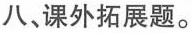
八、课外拓展题。